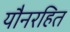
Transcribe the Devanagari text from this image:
यौनरहित